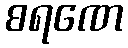
စရဏေ